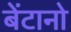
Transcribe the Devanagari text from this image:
बेंटानो